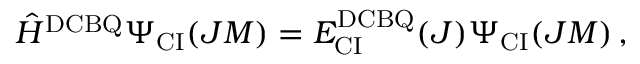
\begin{array} { r } { \hat { H } ^ { \mathrm { D C B Q } } \Psi _ { \mathrm { C I } } ( J M ) = E _ { \mathrm { C I } } ^ { \mathrm { D C B Q } } ( J ) \Psi _ { \mathrm { C I } } ( J M ) \, , } \end{array}